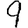
Digit: 9